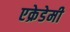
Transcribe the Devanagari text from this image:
एक्रेडेमी